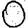
Digit: 0